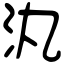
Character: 汍